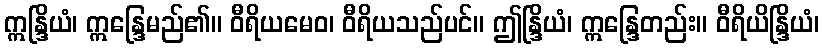
ဣန္ဒြိယံ၊ ဣန္ဒြေမည်၏။ ဝီရိယမေဝ၊ ဝီရိယသည်ပင်။ ဤန္ဒြိယံ၊ ဣန္ဒြေတည်း။ ဝီရိယိန္ဒြိယံ၊